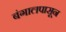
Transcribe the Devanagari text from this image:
बंगालपासून